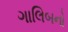
ગાલિબનો